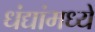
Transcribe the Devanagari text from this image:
धंद्यांमध्ये